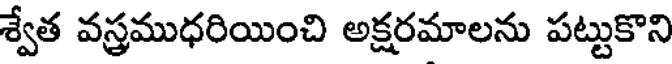
శ్వేత వస్త్రముధరియించి అక్షరమాలను పట్టుకొని